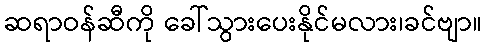
ဆရာဝန်ဆီကို ခေါ်သွားပေးနိုင်မလား၊ခင်ဗျာ။